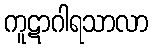
ကူဋာဂါရသာလာ